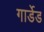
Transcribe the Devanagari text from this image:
गार्डेड